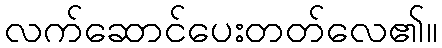
လက်ဆောင်ပေးတတ်လေ၏။